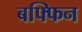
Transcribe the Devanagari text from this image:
बफ्फिन